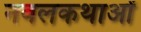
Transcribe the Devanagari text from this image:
नवलकथाओं